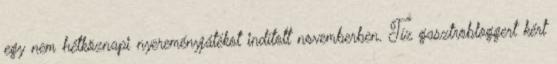
egy nem hétköznapi nyereményjátékot indított novemberben. Tíz gasztrobloggert kért